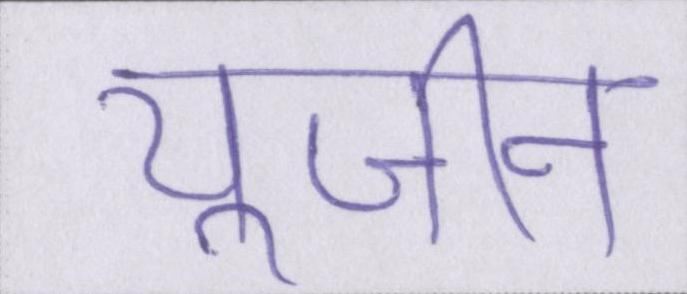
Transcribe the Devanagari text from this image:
यूजीन